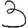
Digit: 3